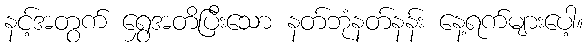
နင့်အတွက် ရွှေအတိပြီးသော နတ်ဘုံနတ်နန်း နေ့ရက်များပေါ့။